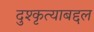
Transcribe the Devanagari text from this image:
दुश्कृत्याबद्दल